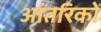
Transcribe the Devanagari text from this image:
आंतरिकों